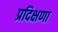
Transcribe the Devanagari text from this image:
प्रदिक्षणा